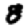
Digit: 8